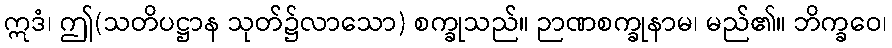
ဣဒံ၊ ဤ(သတိပဋ္ဌာန သုတ်၌လာသော) စက္ခုသည်။ ဉာဏစက္ခုနာမ၊ မည်၏။ ဘိက္ခဝေ၊